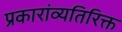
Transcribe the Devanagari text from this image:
प्रकारांव्यतिरिक्त